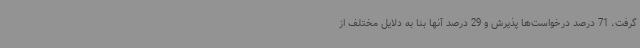
گرفت، 71 درصد درخواست‌ها پذیرش و 29 درصد آنها بنا به دلایل مختلف از